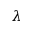
\lambda